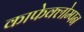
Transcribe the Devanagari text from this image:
काफेक्लोम्पन